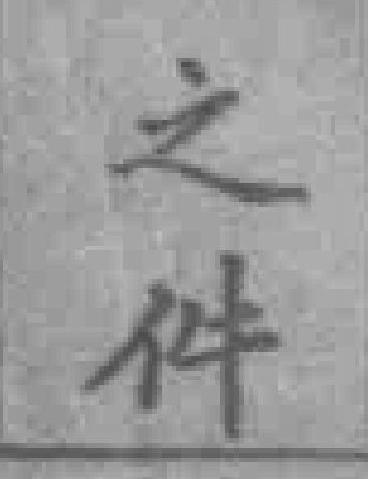
之件